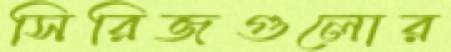
সিরিজগুলোর